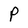
Character: P